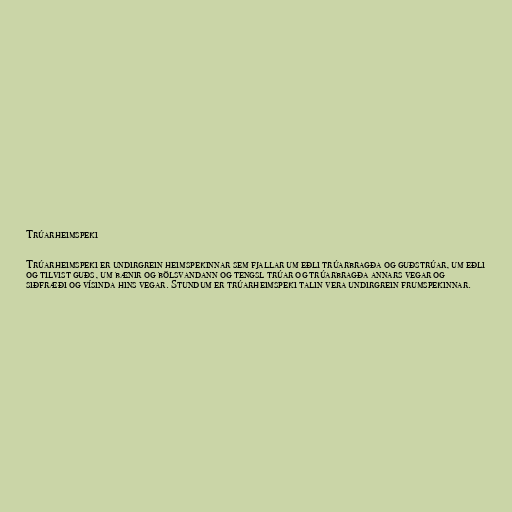
Trúarheimspeki

Trúarheimspeki er undirgrein heimspekinnar sem fjallar um eðli trúarbragða og guðstrúar, um eðli
og tilvist guðs, um bænir og bölsvandann og tengsl trúar og trúarbragða annars vegar og
siðfræði og vísinda hins vegar. Stundum er trúarheimspeki talin vera undirgrein frumspekinnar.